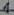
Text: 1